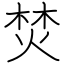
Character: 焚